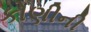
કોણીની